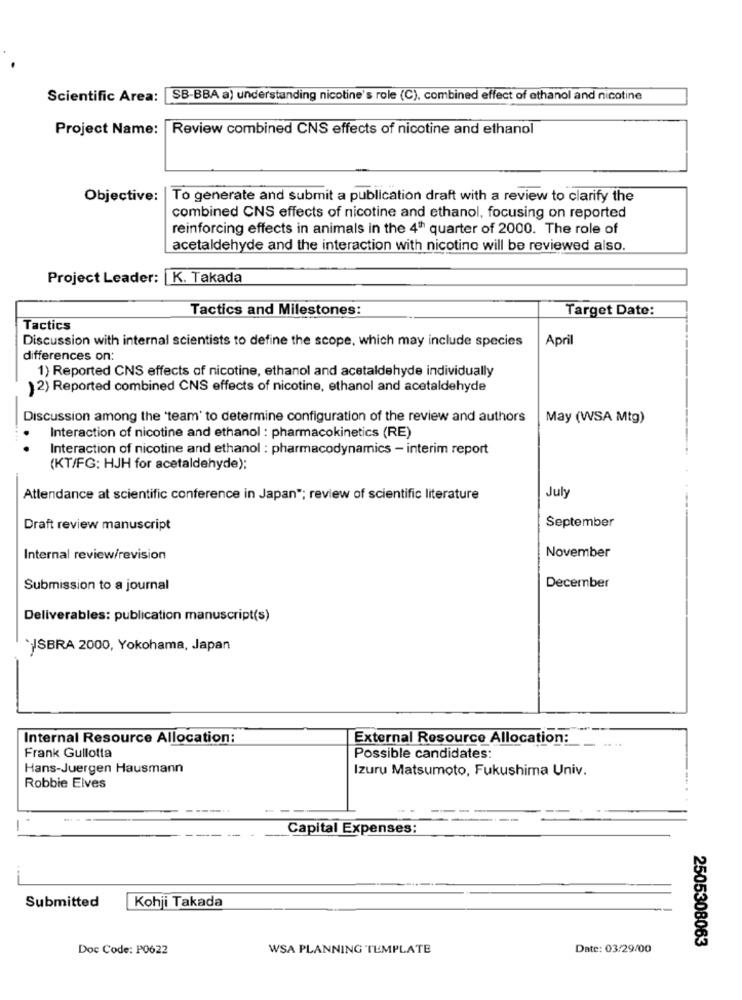
Scientific Area: SB-BBA a) understanding nicotine's role (C), combined effect of ethanol and nicotine
Project Name:
Review combined CNS effects of nicotine and ethanol
Objective: | To generate and submit a publication draft with a review to clarify the
combined CNS effects of nicotine and ethanol, focusing on reported
reinforcing effects in animals in the 4th quarter of 2000. The role of
acetaldehyde and the interaction with nicotine will be reviewed also.
Project Leader: K. Takada
Tactics and Milestones:
Target Date:
Tactics
Discussion with internal scientists to define the scope, which may include species
April
differences on:
1) Reported CNS effects of nicotine, ethanol and acetaldehyde individually
) 2) Reported combined CNS effects of nicotine, ethanol and acetaldehyde
Discussion among the "team' to determine configuration of the review and authors
May (WSA Mtg)
Interaction of nicotine and ethanol : pharmacokinetics (RE)
Interaction of nicotine and ethanol : pharmacodynamics - interim report
(KT/FG; HJH for acetaldehyde);
Attendance at scientific conference in Japan"; review of scientific literature
July
September
Draft review manuscript
Internal review/revision
November
Submission to a journal
December
Deliverables: publication manuscript(s)
`SBRA 2000, Yokohama, Japan
Internal Resource Allocation:
External Resource Allocation:
Frank Gullotta
Possible candidates:
Hans-Juergen Hausmann
Izuru Matsumoto, Fukushima Univ.
Robbie Elves
Capital Expenses:
Kohji Takada
Submitted
2505308063
Doc Code: P0622
WSA PLANNING TEMPLATE
Date: 03/29/00